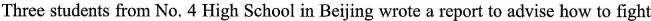
Three students from No. 4 High School in Beijing wrote a report to advise how to fight